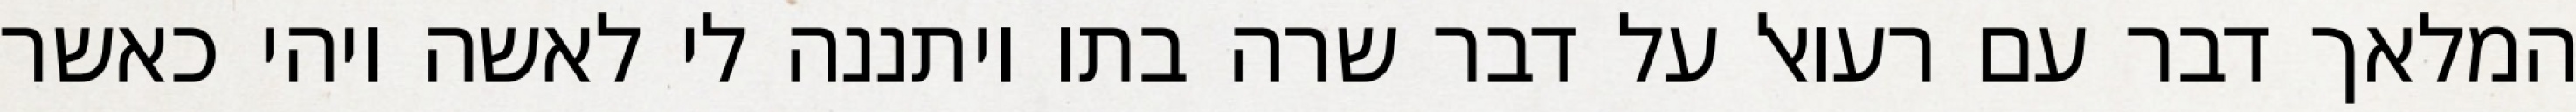
המלאך דבר עם רעואל על דבר שרה בתו ויתננה לי לאשה ויהי כאשר